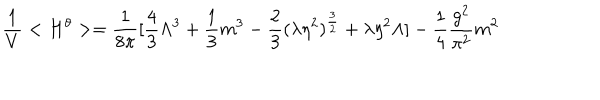
\frac { 1 } { V } < H ^ { \theta } > = \frac { 1 } { 8 \pi } [ \frac { 4 } { 3 } \Lambda ^ { 3 } + \frac { 1 } { 3 } m ^ { 3 } - \frac { 2 } { 3 } ( \lambda \eta ^ { 2 } ) ^ { \frac { 3 } { 2 } } + \lambda \eta ^ { 2 } \Lambda ] - \frac { 1 } { 4 } \frac { g ^ { 2 } } { \pi ^ { 2 } } m ^ { 2 }